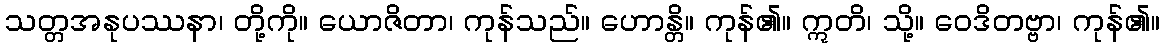
သတ္တအနုပဿနာ၊ တို့ကို။ ယောဇိတာ၊ ကုန်သည်။ ဟောန္တိ။ ကုန်၏။ ဣတိ၊ သို့။ ဝေဒိတဗ္ဗာ၊ ကုန်၏။